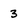
Character: 3